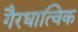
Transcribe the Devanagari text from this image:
गैरधात्विक